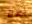
أملأ